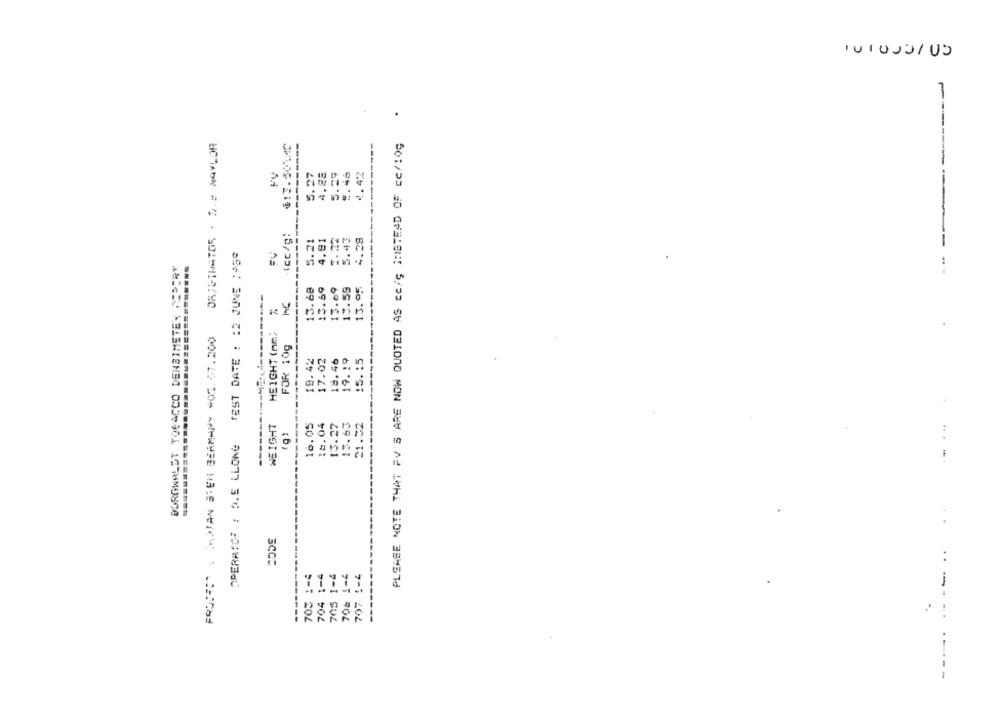
IVIDU3/03
.
ORIGINATOR . M.E NAYLOR
PLEASE NOTE THAT FV'S ARE NOW QUOTED AS CE/Ç INSTEAD OF CC/109
FV
2.46
4.42
-----
.tcc/g:
----
5.21
4.29
TEST DATE : 12 JUNE : 45@
BORGWALDT TOGACCO DENSIMETER 2PERY
Trin
13.69
15.69
13.59
13.68
13.95
------
PROJECT ; OMSTAN S'EN BERMANY 902. 07.200
HEIGHT Inm2
FOR 10g
19.42
17.02
18.46
19.19
15.15
WEIGHT
16.05
18.04
13.27
13.63
21.32
------
OPERATOR : 2.E LLONG
..
703 1-4
704 1-4
705 1-4
702 1-4
--
797